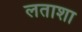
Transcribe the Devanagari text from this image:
लताशा